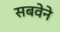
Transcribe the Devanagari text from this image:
सबवेने